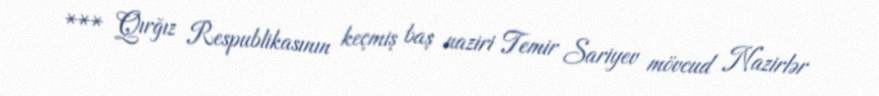
*** Qırğız Respublikasının keçmiş baş naziri Temir Sariyev mövcud Nazirlər